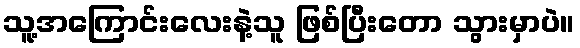
သူ့အကြောင်းလေးနဲ့သူ ဖြစ်ပြီးတော သွားမှာပဲ။